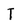
Character: T